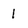
Character: l